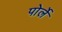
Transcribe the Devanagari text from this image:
पोर्ले